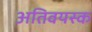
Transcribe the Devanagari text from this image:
अतिवयस्क